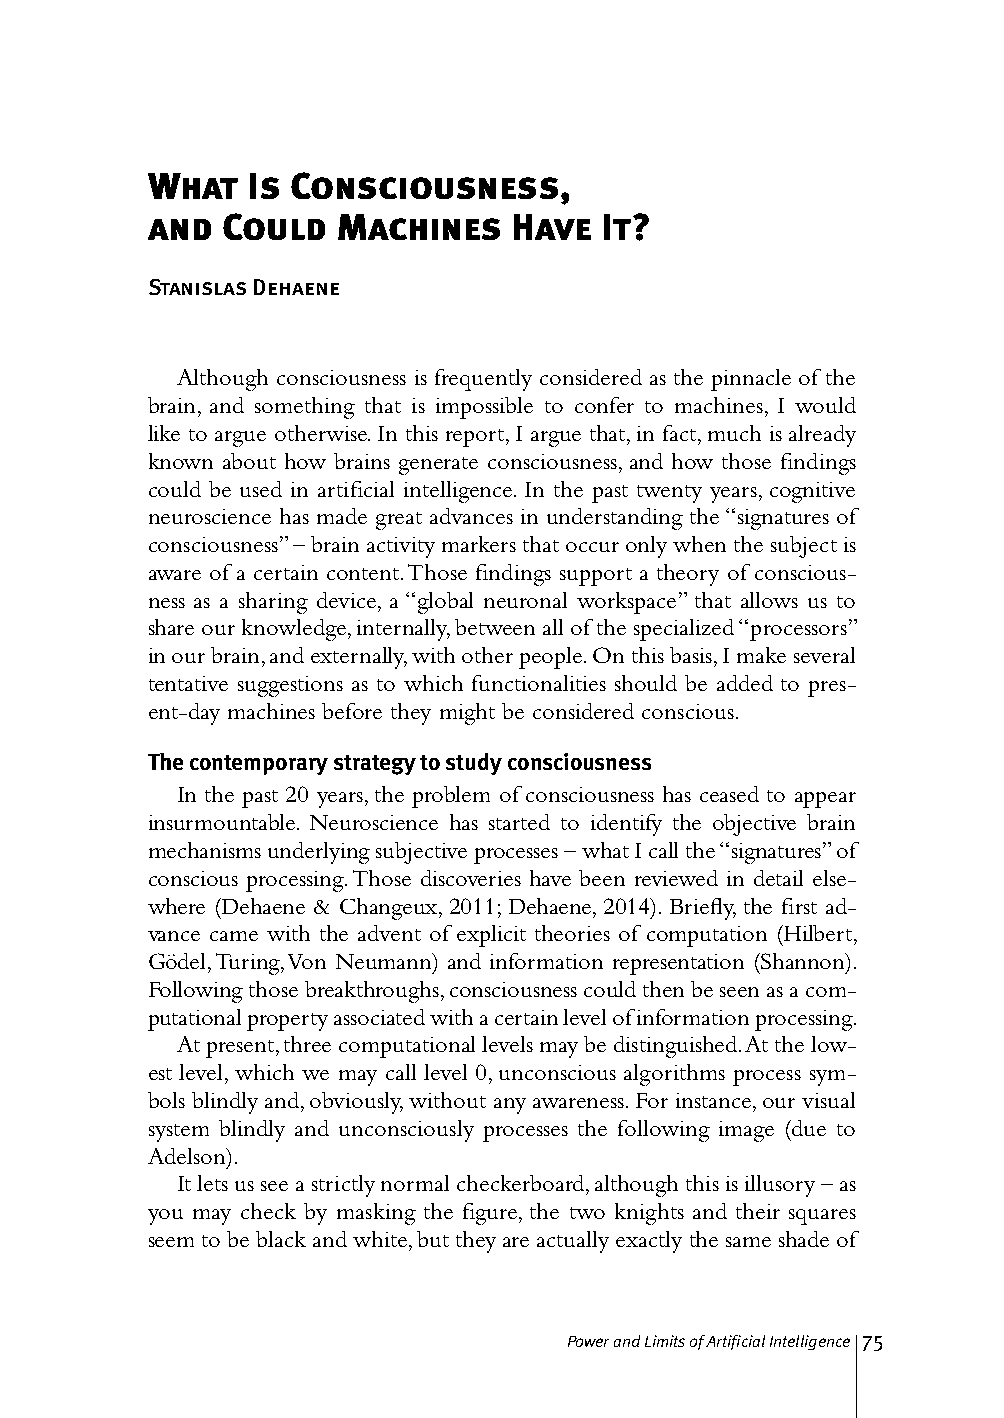
What  Is Consciousness,
 and  Could  Machines    Have  It?
 Stanislas Dehaene
 Although consciousness is frequently considered as the pinnacle of the
 brain, and something that is impossible to confer to machines, I would
 like to argue otherwise. In this report, I argue that, in fact, much is already
 known about how brains generate consciousness, and how those findings
 could be used in artificial intelligence. In the past twenty years, cognitive
 neuroscience has made great advances in understanding the “signatures of
 consciousness” – brain activity markers that occur only when the subject is
 aware of a certain content. Those findings support a theory of conscious-
 ness as a sharing device, a “global neuronal workspace” that allows us to
 share our knowledge, internally, between all of the specialized “processors”
 in our brain, and externally, with other people. On this basis, I make several
 tentative suggestions as to which functionalities should be added to pres-
 ent-day machines before they might be considered conscious.
 The contemporary strategy to study consciousness
 In the past 20 years, the problem of consciousness has ceased to appear
 insurmountable. Neuroscience has started to identify the objective brain
 mechanisms underlying subjective processes – what I call the “signatures” of
 conscious processing. Those discoveries have been reviewed in detail else-
 where (Dehaene & Changeux, 2011; Dehaene, 2014). Briefly, the first ad-
 vance came with the advent of explicit theories of computation (Hilbert,
 Gödel, Turing, Von Neumann) and information representation (Shannon).
 Following those breakthroughs, consciousness could then be seen as a com-
 putational property associated with a certain level of information processing.
 At present, three computational levels may be distinguished. At the low-
 est level, which we may call level 0, unconscious algorithms process sym-
 bols blindly and, obviously, without any awareness. For instance, our visual
 system blindly and unconsciously processes the following image (due to
 Adelson).
 It lets us see a strictly normal checkerboard, although this is illusory – as
 you may check by masking the figure, the two knights and their squares
 seem to be black and white, but they are actually exactly the same shade of
 Power and Limits of Artificial Intelligence 75